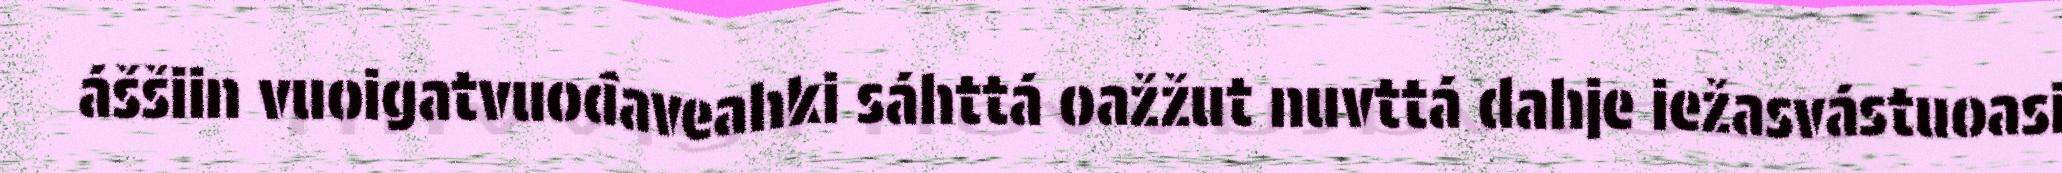
áššiin vuoigatvuođaveahki sáhttá oažžut nuvttá dahje iežasvástuoasi